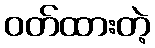
ဝတ်ထားတဲ့